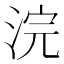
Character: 浣